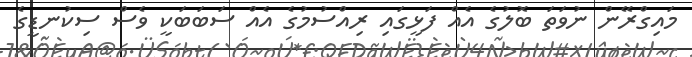
މައިގްރޭން ނުވަތަ ބޮލުގެ އެއް ފަޅީގައި ރިއްސުމުގެ އެއް ސަބަބަކީ ވެސް ސިކުނޑީގެ